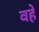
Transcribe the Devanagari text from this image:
वहे